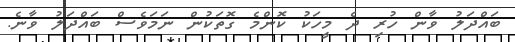
ބައްދަލު ވާން ހުރި ދެ މީހަކު ކޮންމެ ގޮތަކުން ނަމަވެސް ބައްދަލު ވާނެ.